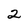
Character: 2